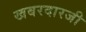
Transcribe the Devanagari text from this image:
खबरदारजी